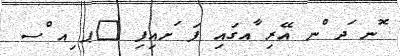
ޮނ ަދ ްނ އޭރި ާއގައި ފަ ަށއިފި 	ޕ ިއ ްސ